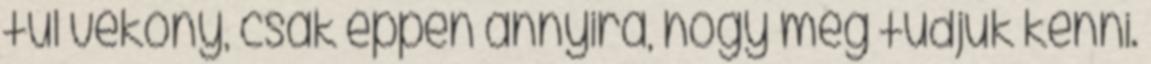
túl vékony, csak éppen annyira, hogy meg tudjuk kenni.